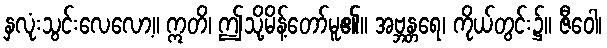
နှလုံးသွင်းလေလော့။ ဣတိ၊ ဤသို့မိန့်တော်မူ၏။ အဗ္ဘန္တရေ၊ ကိုယ်တွင်း၌။ ဇီဝေါ၊